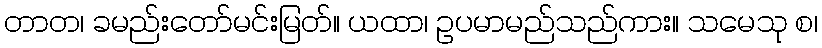
တာတ၊ ခမည်းတော်မင်းမြတ်။ ယထာ၊ ဥပမာမည်သည်ကား။ သမေသု စ၊